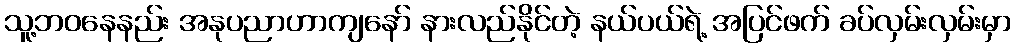
သူ့ဘဝနေနည်း အနုပညာဟာကျနော် နားလည်နိုင်တဲ့ နယ်ပယ်ရဲ့ အပြင်ဖက် ခပ်လှမ်းလှမ်းမှာ